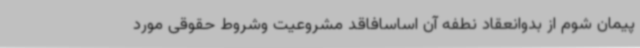
پیمان شوم از بدوانعقاد نطفه آن اساسافاقد مشروعیت وشروط حقوقی مورد